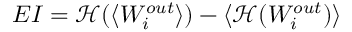
E I = \mathcal { H } ( \langle W _ { i } ^ { o u t } \rangle ) - \langle \mathcal { H } ( W _ { i } ^ { o u t } ) \rangle